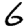
Digit: 6